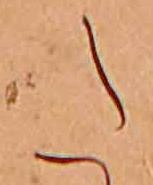
た